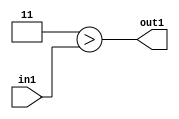
`timescale 1ps / 1ps
/*****************************************************************************
    Verilog RTL Description
    
    
    Created by: Stratus DpOpt 21.05.01 
*******************************************************************************/

module SobelFilter_Lti3u2_4 (
	in1,
	out1
	); /* architecture "behavioural" */ 
input [1:0] in1;
output  out1;
wire  asc001;

assign asc001 = (7'B0000011>in1);

assign out1 = asc001;
endmodule

/* CADENCE  urbzTAE= : u9/ySxbfrwZIxEzHVQQV8Q== ** DO NOT EDIT THIS LINE ******/